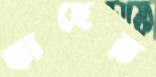
যাহের